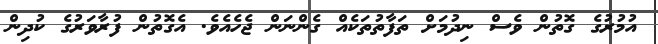
އުމުރުގެ ގޮތުން ވެސް ނިދުމަށް ތަފާތުތަކެއް ގެންނަން ޖެހެއެވެ. އެގޮތުން ފުރާވަރުގެ ކުދިން